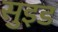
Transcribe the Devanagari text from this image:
सुइड